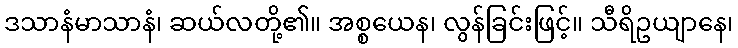
ဒသာနံမာသာနံ၊ ဆယ်လတို့၏။ အစ္စယေန၊ လွန်ခြင်းဖြင့်။ သီရိဥယျာနေ၊